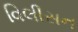
વિલીસન